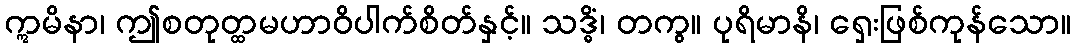
ဣမိနာ၊ ဤစတုတ္ထမဟာဝိပါက်စိတ်နှင့်။ သဒ္ဓိံ၊ တကွ။ ပုရိမာနိ၊ ရှေးဖြစ်ကုန်သော။